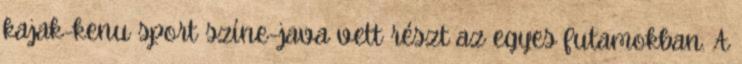
kajak-kenu sport színe-java vett részt az egyes futamokban. A